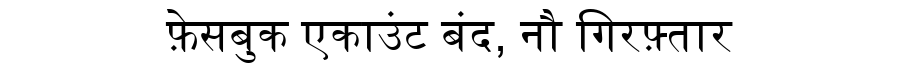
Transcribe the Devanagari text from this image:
फ़ेसबुक एकाउंट बंद, नौ गिरफ़्तार